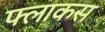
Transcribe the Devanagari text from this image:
फ्लाकस